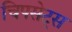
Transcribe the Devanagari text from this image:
चिपसेट्स